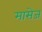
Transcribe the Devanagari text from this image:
मासेज